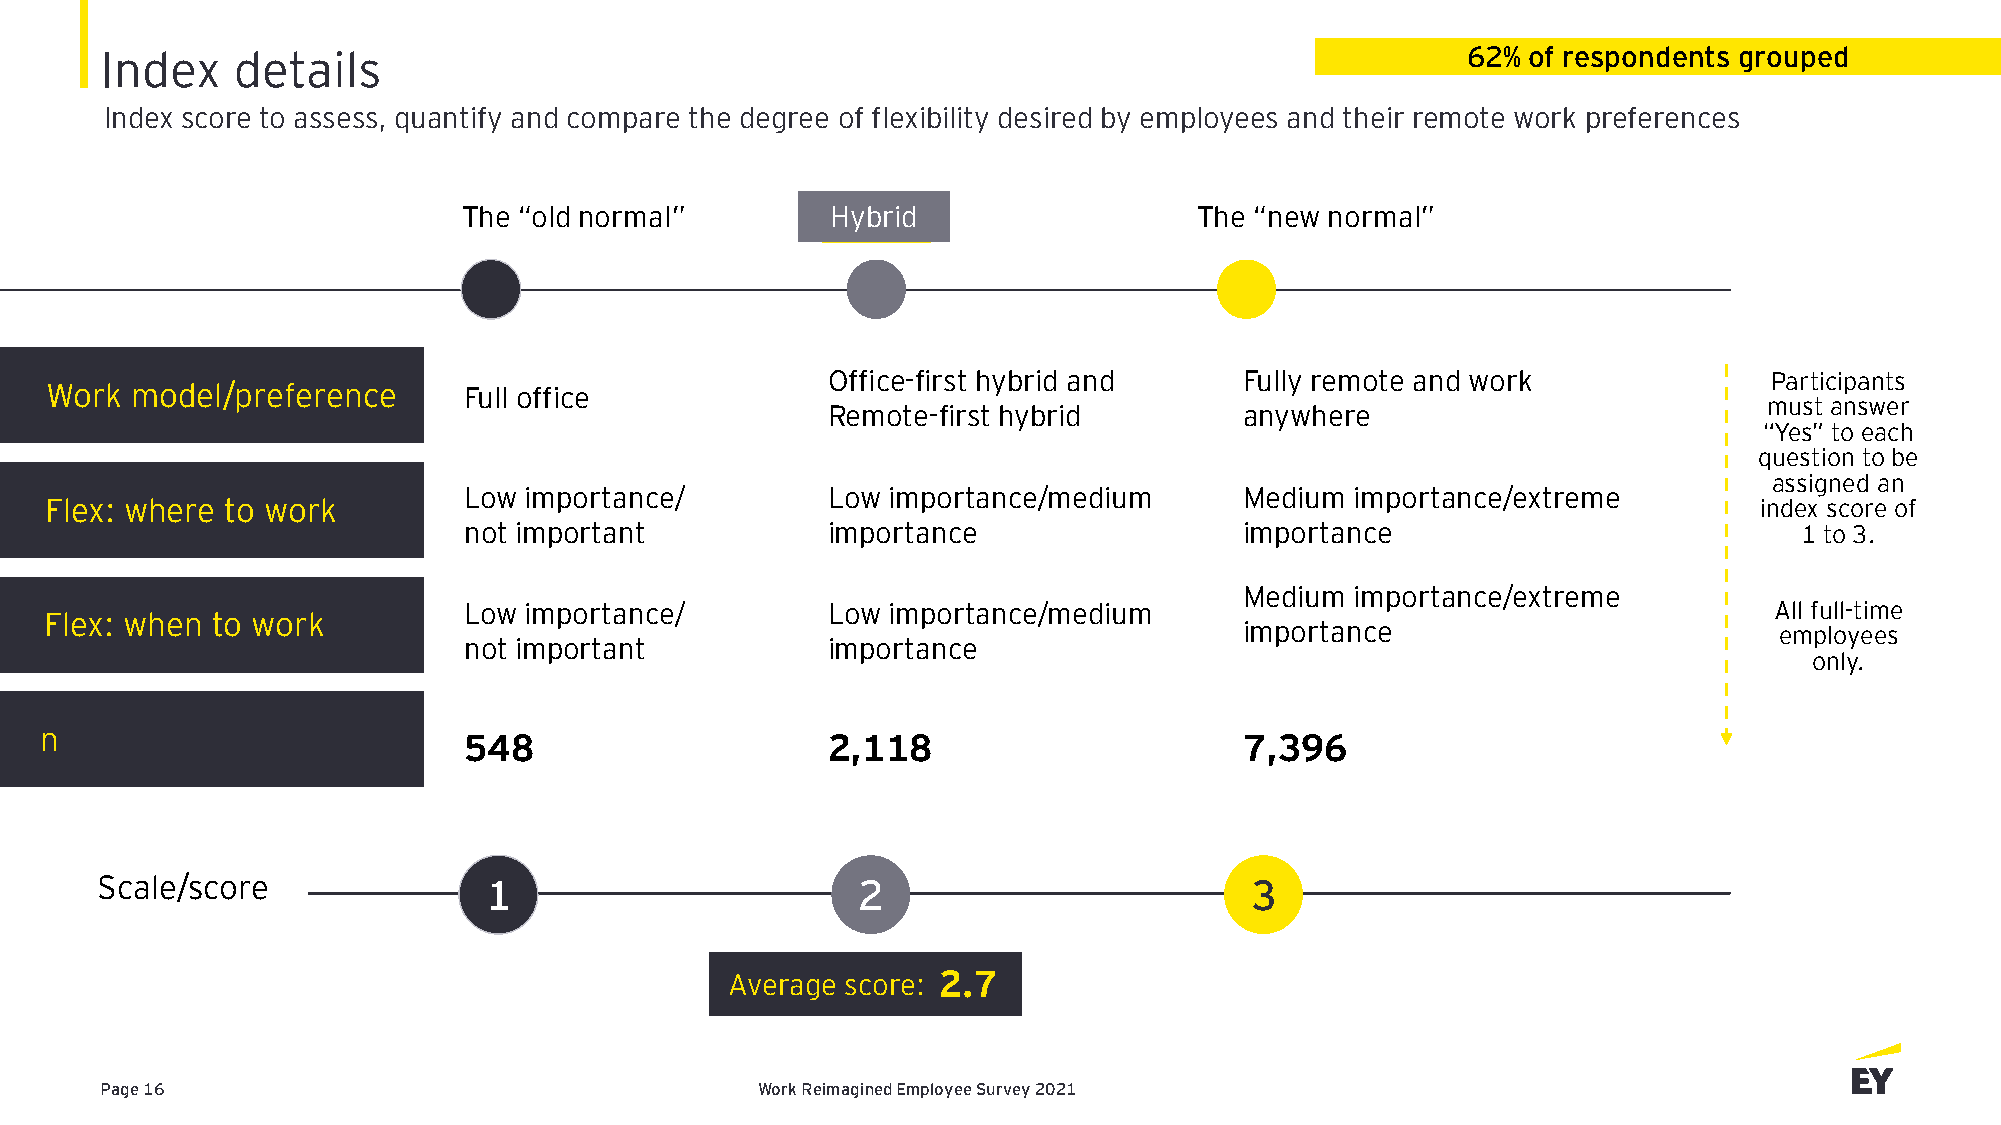
Index   details                                                                           62% of respondents grouped
 Index score to assess, quantify and compare the degree of flexibility desired by employees and their remote work preferences
 The “old normal”        Hybrid                  The “new normal”
 Office-first hybrid and    Fully remote and work              Participants
 Work  model/preference      Full office
 must answer
 Remote-first hybrid        anywhere
 “Yes” to each
 question to be
 assigned an
 Low importance/         Low importance/medium      Medium  importance/extreme
 Flex: where to work                                                                                              index score of
 not important           importance                 importance                           1 to 3.
 Medium  importance/extreme
 Low importance/         Low importance/medium                                         All full-time
 Flex: when to work
 importance                          employees
 not important           importance
 only.
 n                           548                     2,118                      7,396
 Scale/score               1                        2                         3
 Average score: 2.7
 Page 16                                    Work Reimagined Employee Survey 2021